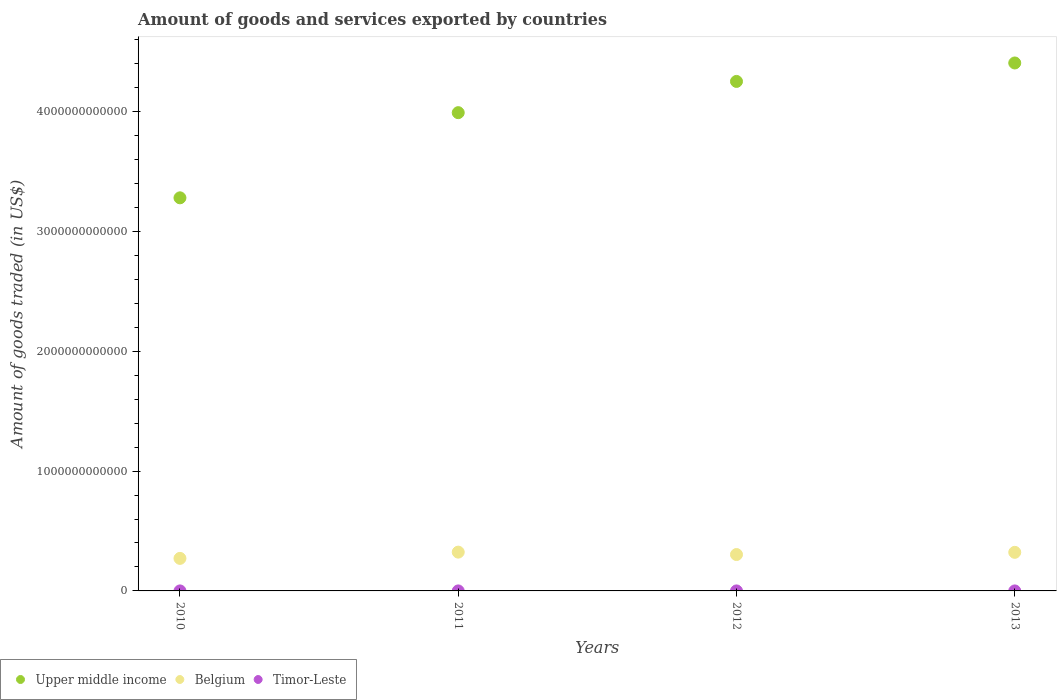
| Years | Upper middle income | Belgium | Timor-Leste |
 | --- | --- | --- | --- |
 | 2010 | 3.28e+12 | 2.71e+11 | 2.71e+07 |
 | 2011 | 3.99e+12 | 3.24e+11 | 2.87e+07 |
 | 2012 | 4.25e+12 | 3.04e+11 | 3.33e+07 |
 | 2013 | 4.41e+12 | 3.22e+11 | 1.77e+07 |